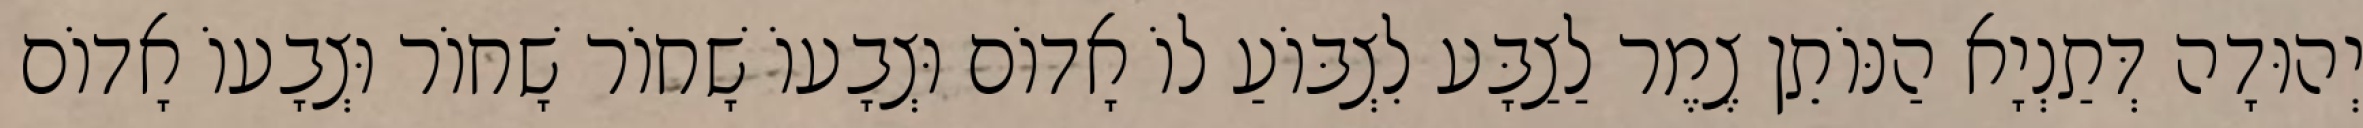
יְהוּדָה דְּתַנְיָא הַנּוֹתֵן צֶמֶר לַצַבָּע לִצְבּוֹעַ לוֹ אָדוֹם וּצְבָעוֹ שָׁחוֹר שָׁחוֹר וּצְבָעוֹ אָדוֹם